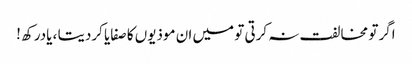
اگر تو مخالفت نہ کرتی تو میں ان موذیوں کا صفایا کردیتا ، یادرکھ !